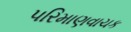
પરિમાણવાચક